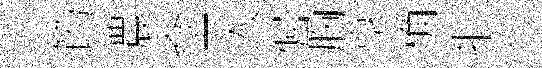
筠濃傘一入倔胸享桷拒